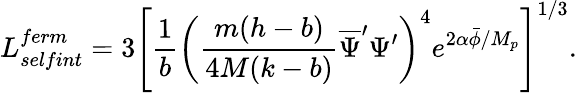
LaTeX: L_{selfint}^{ferm}=3\left[\frac{1}{b}\left(\frac{m(h-b)}{4M(k-b)}\overline{{{\Psi}}}^{\prime}\Psi^{\prime}\right)^{4}e^{2\alpha\bar{\phi}/M_{p}}\right]^{1/3}.